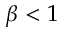
\beta < 1